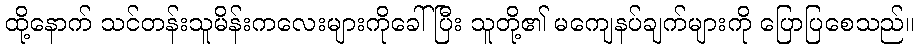
ထို့နောက် သင်တန်းသူမိန်းကလေးများကိုခေါ်ပြီး သူတို့၏ မကျေနပ်ချက်များကို ပြောပြစေသည်။